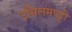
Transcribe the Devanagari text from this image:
उसिलमपट्टी